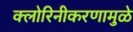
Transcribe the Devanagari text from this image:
क्लोरिनीकरणामुळे